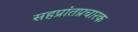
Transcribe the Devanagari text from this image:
सहप्रांतप्रचारक